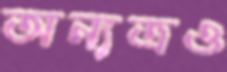
অন্যত্রও